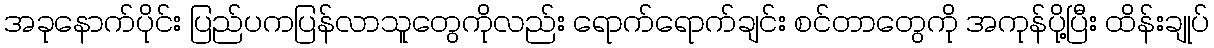
အခုနောက်ပိုင်း ပြည်ပကပြန်လာသူတွေကိုလည်း ရောက်ရောက်ချင်း စင်တာတွေကို အကုန်ပို့ပြီး ထိန်းချုပ်